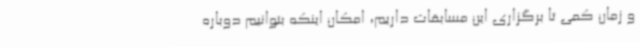
و زمان کمی تا برگزاری این مسابقات داریم، امکان اینکه بتوانیم دوباره